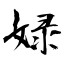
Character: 娽